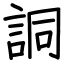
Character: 詷